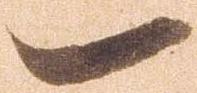
一